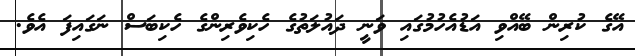
އޭގެ ކުރިން ބޭއްވި އަޑުއެހުމުގައި ވަނީ ދައުލަތުގެ ހެކިވެރިންގެ ހެކިބަސް ނަގައިފަ އެވެ.